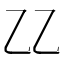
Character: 𠃐